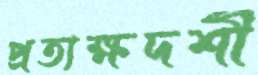
প্রত্যক্ষদর্শী